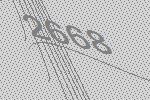
2668